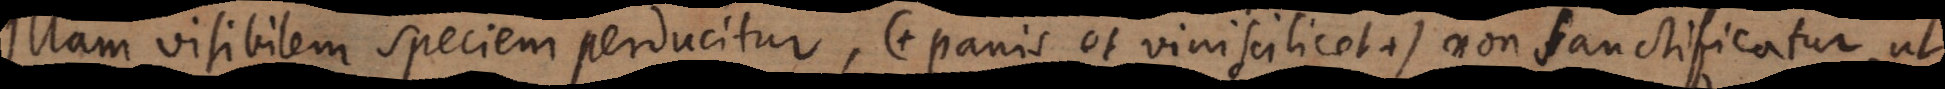
illam visibilem speciem perducitur (+ panis et vini scilicet +), non sanctificatur,